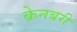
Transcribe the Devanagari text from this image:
क्रेनबरी